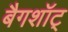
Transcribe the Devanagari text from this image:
बैगशॉट्